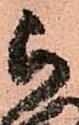
被